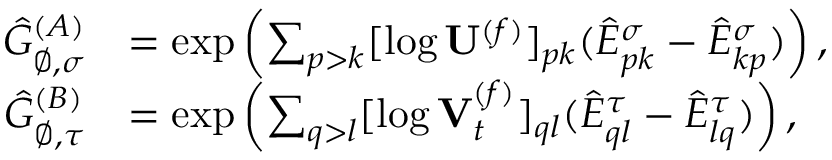
\begin{array} { r l } { \hat { G } _ { \varnothing , \sigma } ^ { ( A ) } } & { = \exp \left( \sum _ { p > k } [ \log \mathbf { U } ^ { ( f ) } ] _ { p k } ( \hat { E } _ { p k } ^ { \sigma } - \hat { E } _ { k p } ^ { \sigma } ) \right) , } \\ { \hat { G } _ { \varnothing , \tau } ^ { ( B ) } } & { = \exp \left( \sum _ { q > l } [ \log \mathbf { V } _ { t } ^ { ( f ) } ] _ { q l } ( \hat { E } _ { q l } ^ { \tau } - \hat { E } _ { l q } ^ { \tau } ) \right) , } \end{array}